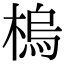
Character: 㮧